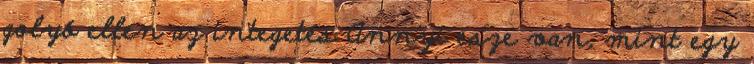
golyó ellen az integetés Annyi esze van, mint egy